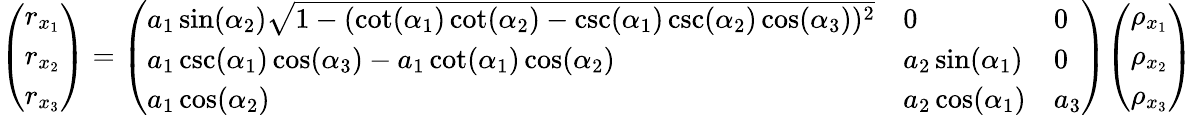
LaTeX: {\left(\begin{array}{l}{r_{x_{1}}}\\ {r_{x_{2}}}\\ {r_{x_{3}}}\end{array}\right)}={\left(\begin{array}{lll}{a_{1}\sin(\alpha_{2}){\sqrt{1-(\cot(\alpha_{1})\cot(\alpha_{2})-\csc(\alpha_{1})\csc(\alpha_{2})\cos(\alpha_{3}))^{2}}}}&{0}&{0}\\ {a_{1}\csc(\alpha_{1})\cos(\alpha_{3})-a_{1}\cot(\alpha_{1})\cos(\alpha_{2})}&{a_{2}\sin(\alpha_{1})}&{0}\\ {a_{1}\cos(\alpha_{2})}&{a_{2}\cos(\alpha_{1})}&{a_{3}}\end{array}\right)}{\left(\begin{array}{l}{\rho_{x_{1}}}\\ {\rho_{x_{2}}}\\ {\rho_{x_{3}}}\end{array}\right)}